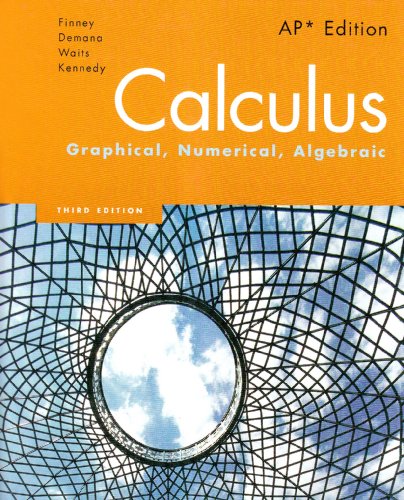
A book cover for Calculus: Graphical, Numerical, Algebraic, 3rd Edition; Ross L. Finney; Science & Math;